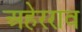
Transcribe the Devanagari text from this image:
अहेरराव